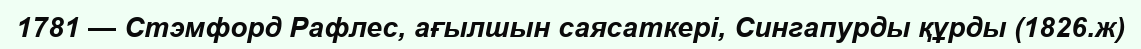
1781 — Стэмфорд Рафлес, ағылшын саясаткері, Сингапурды құрды (1826.ж)